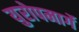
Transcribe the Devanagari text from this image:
युरोपमार्गे